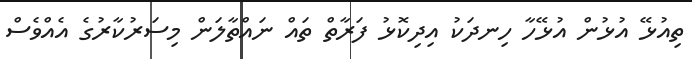
ތިއުޅޭ އުޅުން އުޅޭހާ ހިނދަކު އިދިކޮޅު ފަރާތް ތައް ނައްތާލަން މިސަރުކާރުގެ އެއްވެސް